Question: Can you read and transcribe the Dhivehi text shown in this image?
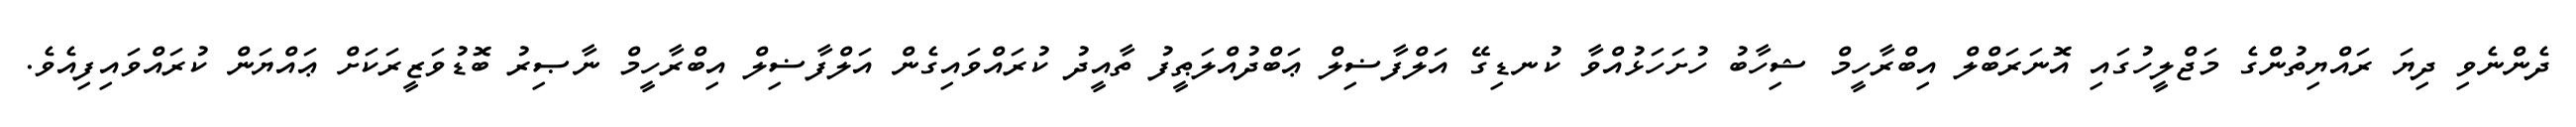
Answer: ދެންނެވި ދިޔަ ރައްޔިތުންގެ މަޖްލީހުގައި އޮނަރަބްލް އިބްރާހީމް ޝިހާބު ހުށަހަޅުއްވާ ކުނޑިގޭ އަލްފާޟިލް ޢަބްދުއްލަޠީފު ތާއީދު ކުރައްވައިގެން އަލްފާޟިލް އިބްރާހީމް ނާޞިރު ބޮޑުވަޒީރަކަށް ޢައްޔަން ކުރައްވައިފިއެވެ.